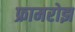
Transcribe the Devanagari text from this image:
फ्रामरोझ